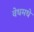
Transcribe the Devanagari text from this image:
वेधमधे